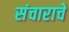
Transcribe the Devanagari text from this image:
संचाराचे